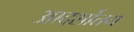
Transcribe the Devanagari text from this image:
आदर्शोतम